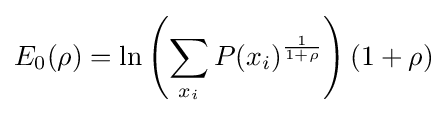
E_{0}(\rho )=\ln \left(\sum _{x_{i}}P(x_{i})^{\frac {1}{1+\rho }}\right)(1+\rho )